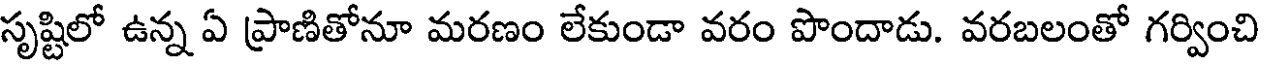
సృష్టిలో ఉన్న ఏ ప్రాణితోనూ మరణం లేకుండా వరం పొందాడు. వరబలంతో గర్వించి